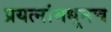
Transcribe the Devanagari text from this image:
प्रयत्नांमधूनच